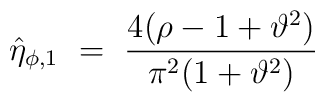
\hat{\eta}_{\phi,1} ~=~ \frac{4(\rho-1+\vartheta^2)}{\pi^2(1+\vartheta^2)}